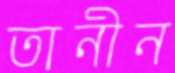
তানীন